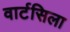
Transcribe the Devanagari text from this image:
वार्टसिला